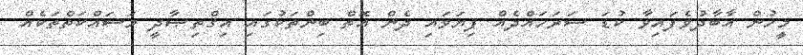
މީހުން އާބާދުވެފައިވާ ކުޑަ ސަރަހައްދެއް ފިޔަވައި ދެން އޮތް ބިންތަކުގައި އިޤްތިޞާދީ މަސައްކަތްތަކެއް